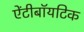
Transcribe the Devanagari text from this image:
ऐंटीबॉयटिक